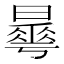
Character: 𣋓